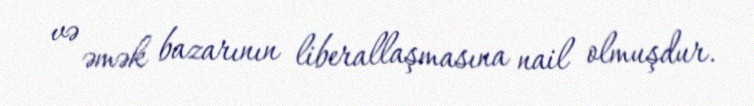
və əmək bazarının liberallaşmasına nail olmuşdur.